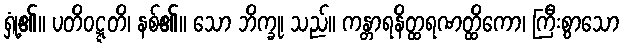
ရှုံ့၏။ ပတိဝဋ္ဋတိ၊ နစ်၏။ သော ဘိက္ခု၊ သည်။ ကန္တာရနိတ္ထရဏတ္ထိကော၊ ကြီးစွာသော